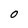
Character: O